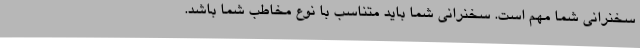
سخنرانی شما مهم است. سخنرانی شما باید متناسب با نوع مخاطب شما باشد.